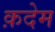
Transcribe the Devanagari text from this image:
क़देम